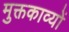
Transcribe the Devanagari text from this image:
मुक्तकाव्यों